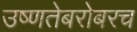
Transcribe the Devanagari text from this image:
उष्णतेबरोबरच